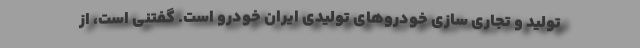
تولید و تجاری سازی خودروهای تولیدی ایران خودرو است. گفتنی است، از